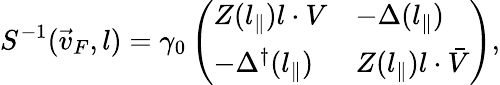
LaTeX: S^{-1}(\vec{v}_{F},l)=\gamma_{0}\left(\begin{array}{ll}{{Z(l_{\parallel})l\cdot V}}&{{-\Delta(l_{\parallel})}}\\ {{-\Delta^{\dagger}(l_{\parallel})}}&{{Z(l_{\parallel})l\cdot\bar{V}}}\end{array}\right),